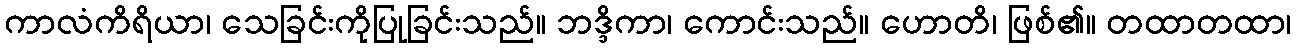
ကာလံကိရိယာ၊ သေခြင်းကိုပြုခြင်းသည်။ ဘဒ္ဒိကာ၊ ကောင်းသည်။ ဟောတိ၊ ဖြစ်၏။ တထာတထာ၊